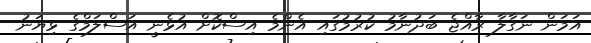
އަމަން ނަގާލާ ރާއްޖެ ބަދުނާމު ކުރުމުގައި އެންމެ އިސްކޮށް އުޅެނީ އަސްލަމްގެ ޅިޔަނު